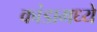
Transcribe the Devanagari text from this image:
कांडामध्ये